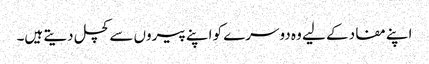
اپنے مفاد کے لیے وہ دوسرے کو اپنے پیروں سے کچل دیتے ہیں۔